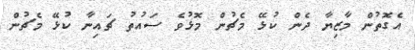
އެގޮތުން މާޒިޔާ ދެން ކުޅޭ މެޗުން މޮޅުވެ ސައުތު ޗައިނާ ކުޅޭ މެޗުން